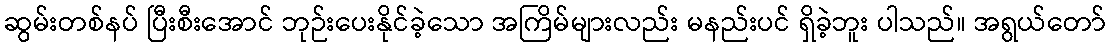
ဆွမ်းတစ်နပ် ပြီးစီးအောင် ဘုဉ်းပေးနိုင်ခဲ့သော အကြိမ်များလည်း မနည်းပင် ရှိခဲ့ဘူး ပါသည်။ အရွယ်တော်